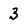
Character: 3